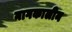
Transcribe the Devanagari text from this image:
नागकालीन